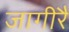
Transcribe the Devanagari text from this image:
जागीरैं